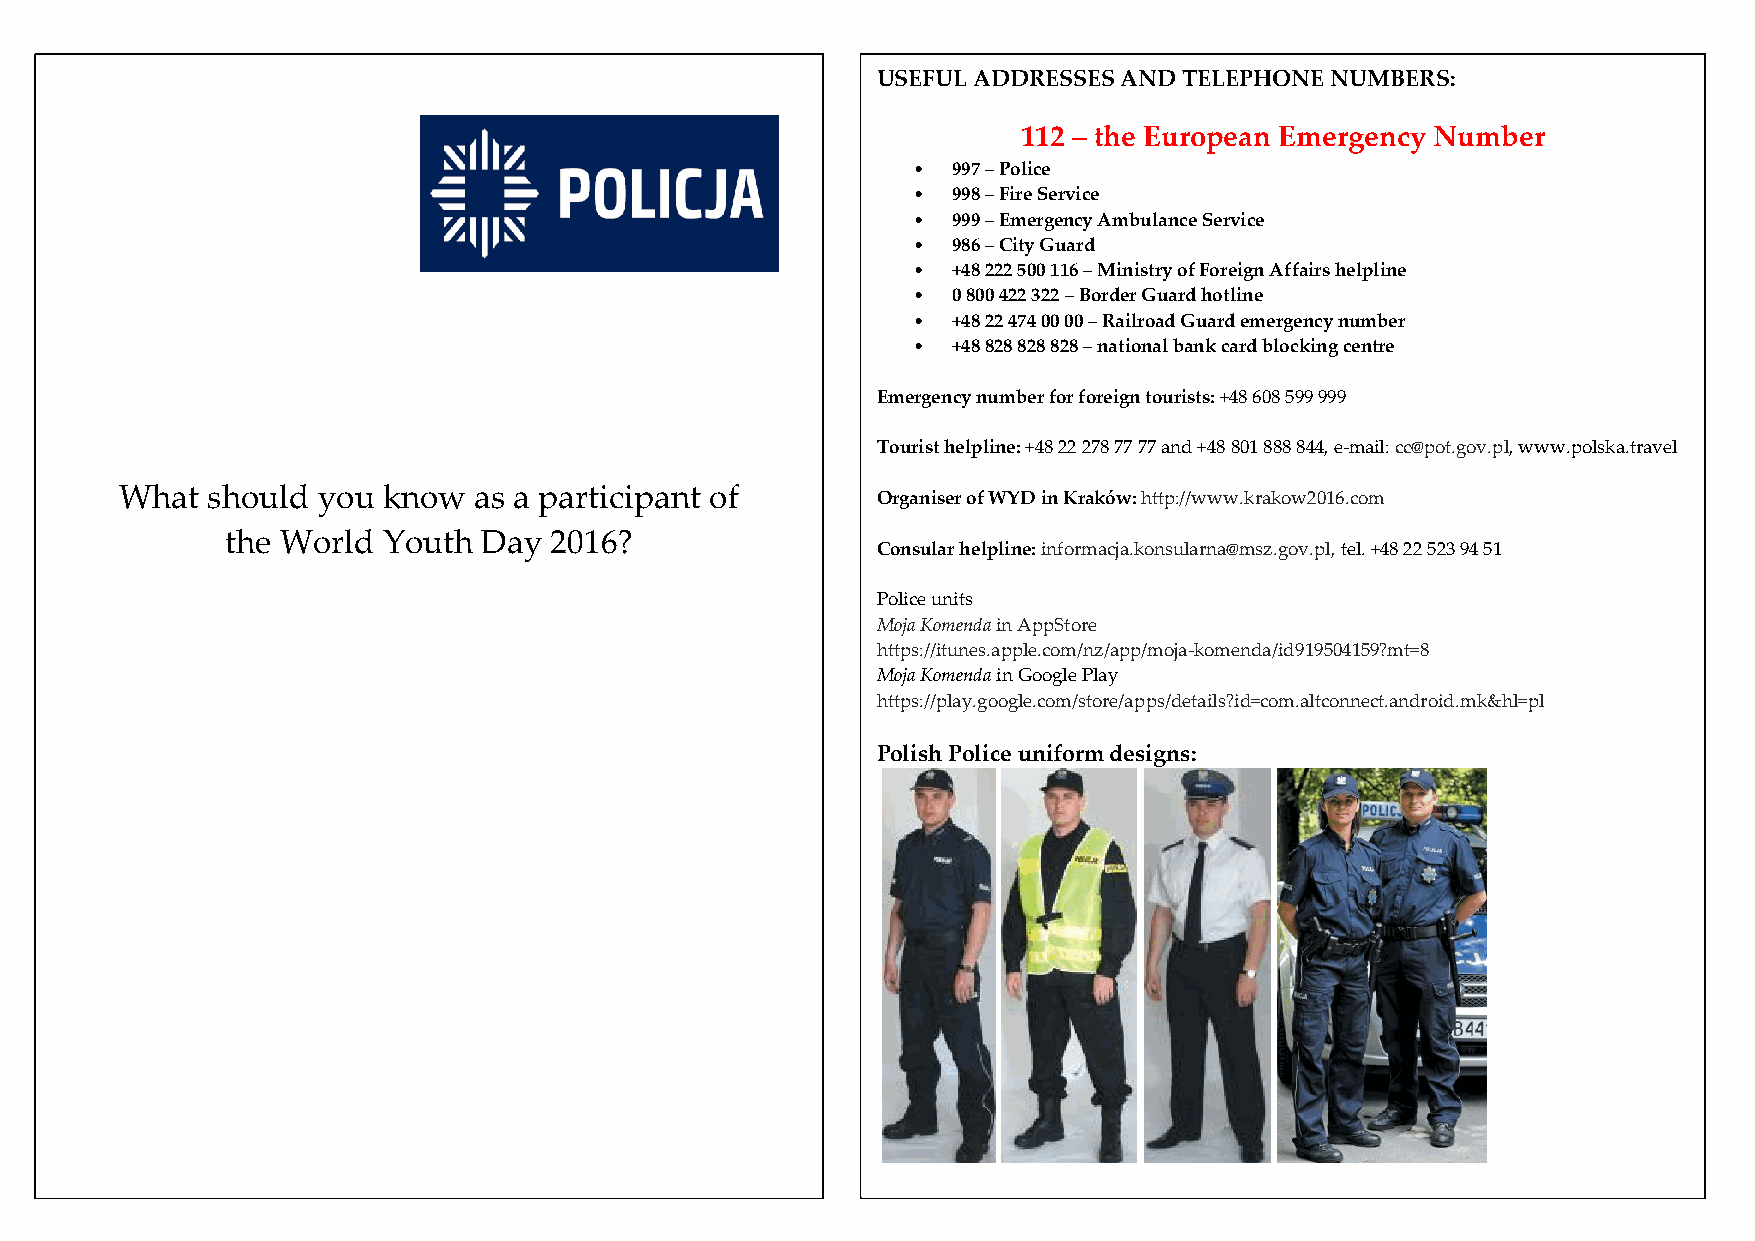
USEFUL ADDRESSES AND TELEPHONE NUMBERS:
 112 – the European Emergency Number
 •  997 – Police
 •  998 – Fire Service
 •  999 – Emergency Ambulance Service
 •  986 – City Guard
 •  +48 222 500 116 – Ministry of Foreign Affairs helpline
 •  0 800 422 322 – Border Guard hotline
 •  +48 22 474 00 00 – Railroad Guard emergency number
 •  +48 828 828 828 – national bank card blocking centre
 Emergency number for foreign tourists: +48 608 599 999
 Tourist helpline: +48 22 278 77 77 and +48 801 888 844, e-mail: cc@pot.gov.pl, www.polska.travel
 What  should you know  as a participant of
 Organiser of WYD in Kraków: http://www.krakow2016.com
 the World Youth  Day 2016?
 Consular helpline: informacja.konsularna@msz.gov.pl, tel. +48 22 523 94 51
 Police units
 Moja Komenda in AppStore
 https://itunes.apple.com/nz/app/moja-komenda/id919504159?mt=8
 Moja Komenda in Google Play
 https://play.google.com/store/apps/details?id=com.altconnect.android.mk&hl=pl
 Polish Police uniform designs: